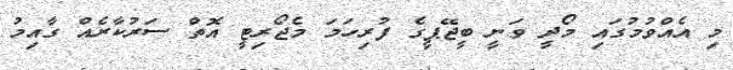
މި އެއްވުމުގައި މޯދީ ވަނީ ބީޖޭޕީގެ ފުރިހަމަ މެޖޯރިޓީ އޮތް ސަރުކާރެއް ގާއިމު